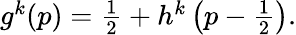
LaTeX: \begin{array}{r}{g^{k}(p)=\frac{1}{2}+h^{k}\left(p-\frac{1}{2}\right).}\end{array}